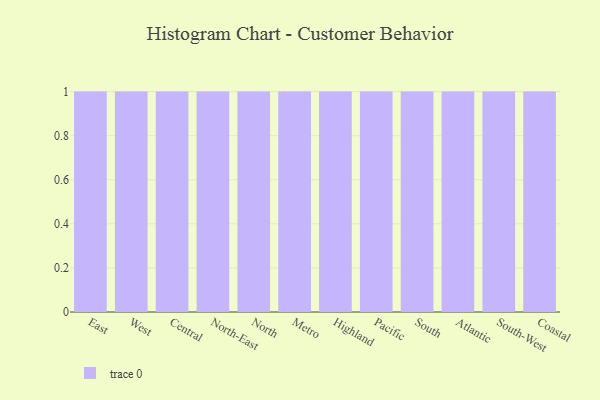
{"axis": {"x": "Region", "y": "Humidity (%)"}, "legend": [""], "data": [{"x": "East", "y": 15, "type": ""}, {"x": "West", "y": 51, "type": ""}, {"x": "Central", "y": 90, "type": ""}, {"x": "North-East", "y": 23, "type": ""}, {"x": "North", "y": 95, "type": ""}, {"x": "Metro", "y": 36, "type": ""}, {"x": "Highland", "y": 66, "type": ""}, {"x": "Pacific", "y": 84, "type": ""}, {"x": "South", "y": 18, "type": ""}, {"x": "Atlantic", "y": 65, "type": ""}, {"x": "South-West", "y": 44, "type": ""}, {"x": "Coastal", "y": 12, "type": ""}]}